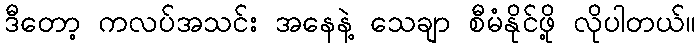
ဒီတော့ ကလပ်အသင်း အနေနဲ့ သေချာ စီမံနိုင်ဖို့ လိုပါတယ်။